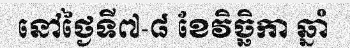
នៅថ្ងៃទី៧-៨ ខែវិច្ឆិកា ឆ្នាំ